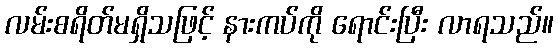
လမ်းစရိတ်မရှိသဖြင့် နားကပ်ကို ရောင်းပြီး လာရသည်။